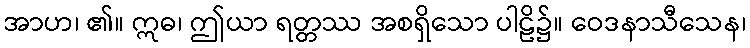
အာဟ၊ ၏။ ဣဓ၊ ဤယာ ရတ္တဿ အစရှိသော ပါဠိ၌။ ဝေဒနာသီသေန၊